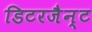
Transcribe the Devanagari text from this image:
डिटरजैन्ट